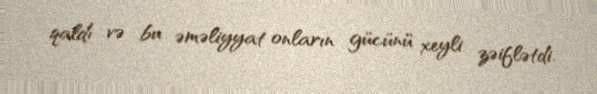
qaldı və bu əməliyyat onların gücünü xeyli zəiflətdi.